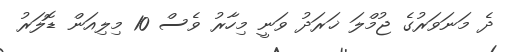
ދެ މަނަވަރުގެ ޖުމްލަ ޚަރަދު ވަނީ މިހާރު ވެސް 10 މިލިއަން ޑޮލަރު